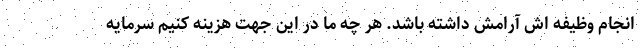
انجام وظیفه اش آرامش داشته باشد. هر چه ما در این جهت هزینه کنیم سرمایه